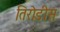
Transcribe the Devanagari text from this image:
तिरोडीस